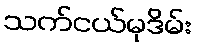
သက်ငယ်မုဒိမ်း